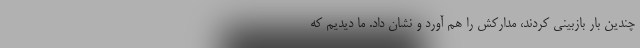
چندین بار بازبینی کردند، مدارکش را هم آورد و نشان داد. ما دیدیم که